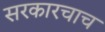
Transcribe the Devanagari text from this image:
सरकारचाच